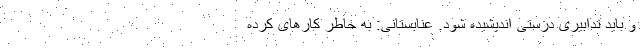
و باید تدابیری درستی اندیشیده شود. عنابستانی: به خاطر کارهای کرده